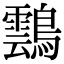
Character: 𪆚